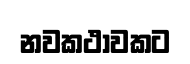
නවකථාවකට